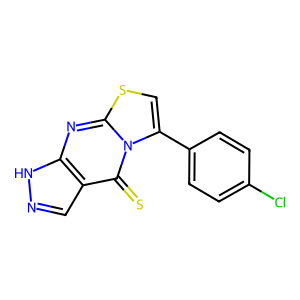
SMILES: S=c1c2cn[nH]c2nc2scc(-c3ccc(Cl)cc3)n12
Inhibits HIV replication: No